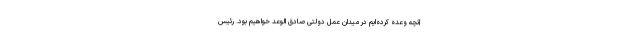
آنچه وعده کرده‌ایم در میدان عمل دولتی صادق‌ الوعد خواهیم بود. رئیس